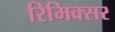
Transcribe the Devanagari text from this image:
रिमिक्सर